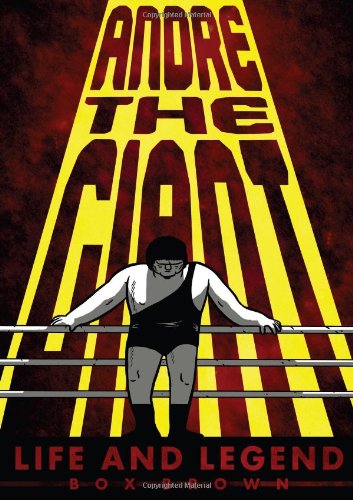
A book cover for Andre the Giant: Life and Legend; Box Brown; Comics & Graphic Novels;